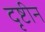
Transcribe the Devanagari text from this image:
दृष्टीन